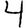
Digit: 4